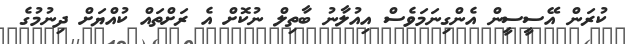
ކުރަން އޭސީސީން އެންގިނަމަވެސް އިއުލާނު ބާތިލް ނުކޮށް އެ ރަށްތައް ކުއްޔަށް ދިނުމުގެ